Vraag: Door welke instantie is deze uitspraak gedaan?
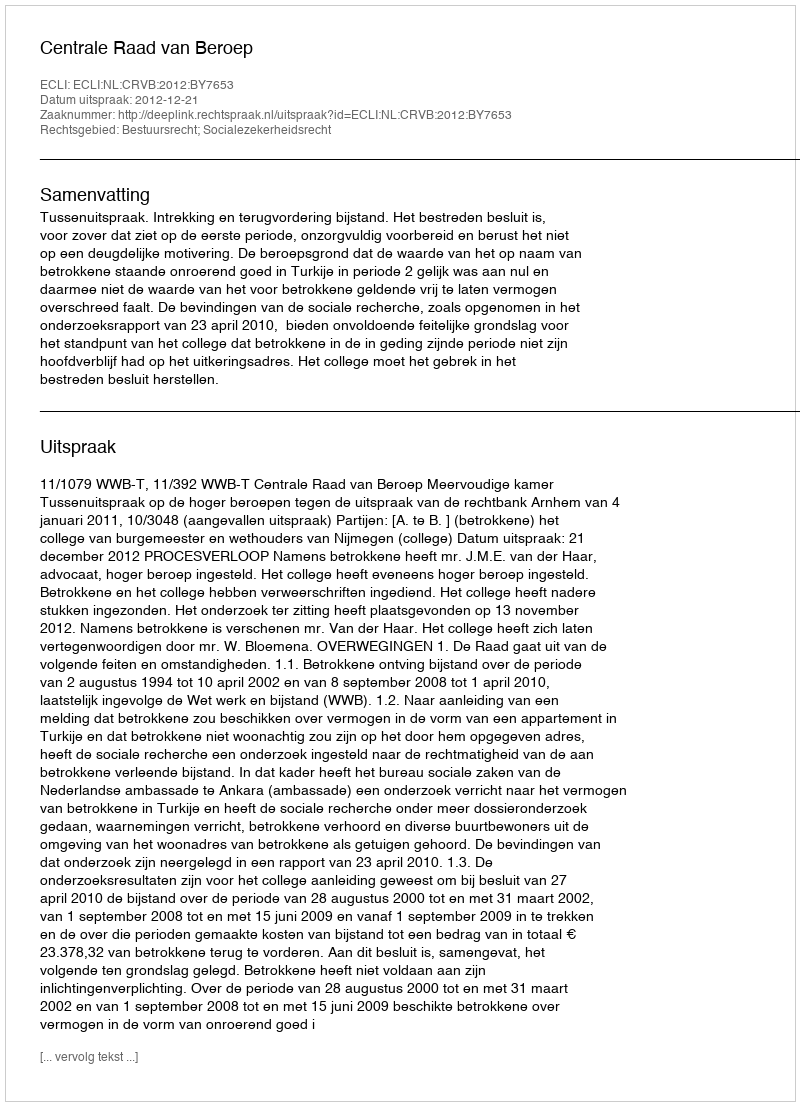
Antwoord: Centrale Raad van Beroep